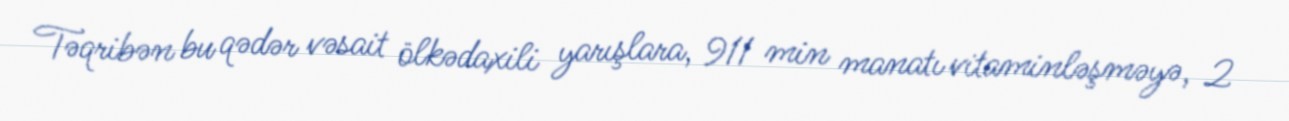
Təqribən bu qədər vəsait ölkədaxili yarışlara, 911 min manatı vitaminləşməyə, 2